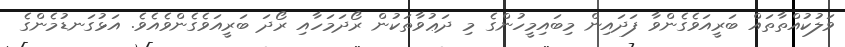
ވަލުކުއްތާތައް ބަރީއަވެގެންވާ ފަދައިން މިބައިމީހުންގެ މި ދަޢުވާތަކުން ރޯދަމަހާއި ރޯދަ ބަރީއަވެގެންވެއެވެ. އަޅުގަނޑުމެންގެ